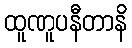
ထူဏူပနီတာနိ